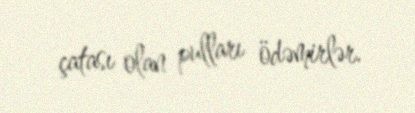
çatası olan pulları ödəmirlər.